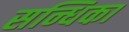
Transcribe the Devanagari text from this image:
सन्धिका